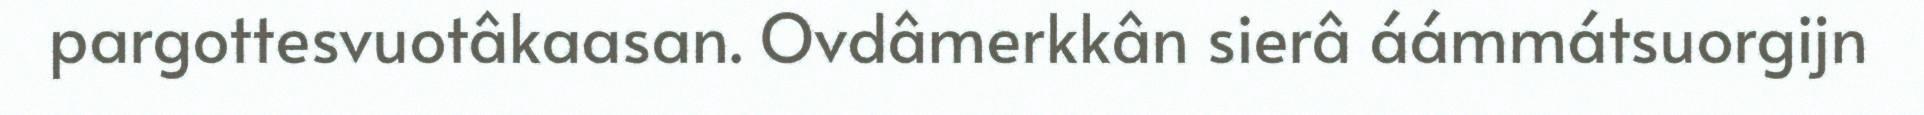
pargottesvuotâkaasan. Ovdâmerkkân sierâ áámmátsuorgijn